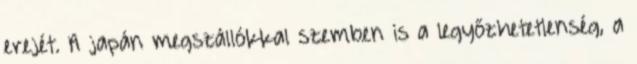
erejét. A japán megszállókkal szemben is a legyőzhetetlenség, a